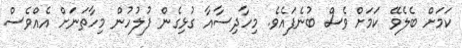
ކަމަށް ބެލެވޭ ކަމަށް ވެސް ބުނެފައެވެ. މިހާދިސާއާ ގުޅިގެން ފުލުހުން މިހާތަނަށް އެއްވެސް